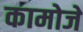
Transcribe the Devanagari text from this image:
कामोजे